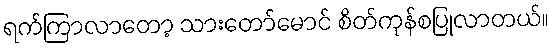
ရက်ကြာလာတော့ သားတော်မောင် စိတ်ကုန်စပြုလာတယ်။